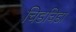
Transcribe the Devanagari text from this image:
चिडचिडा